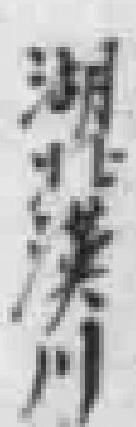
湖北漢川